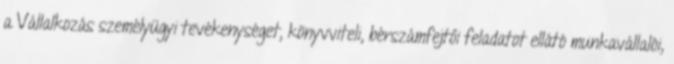
a Vállalkozás személyügyi tevékenységet, könyvviteli, bérszámfejtői feladatot ellátó munkavállalói,